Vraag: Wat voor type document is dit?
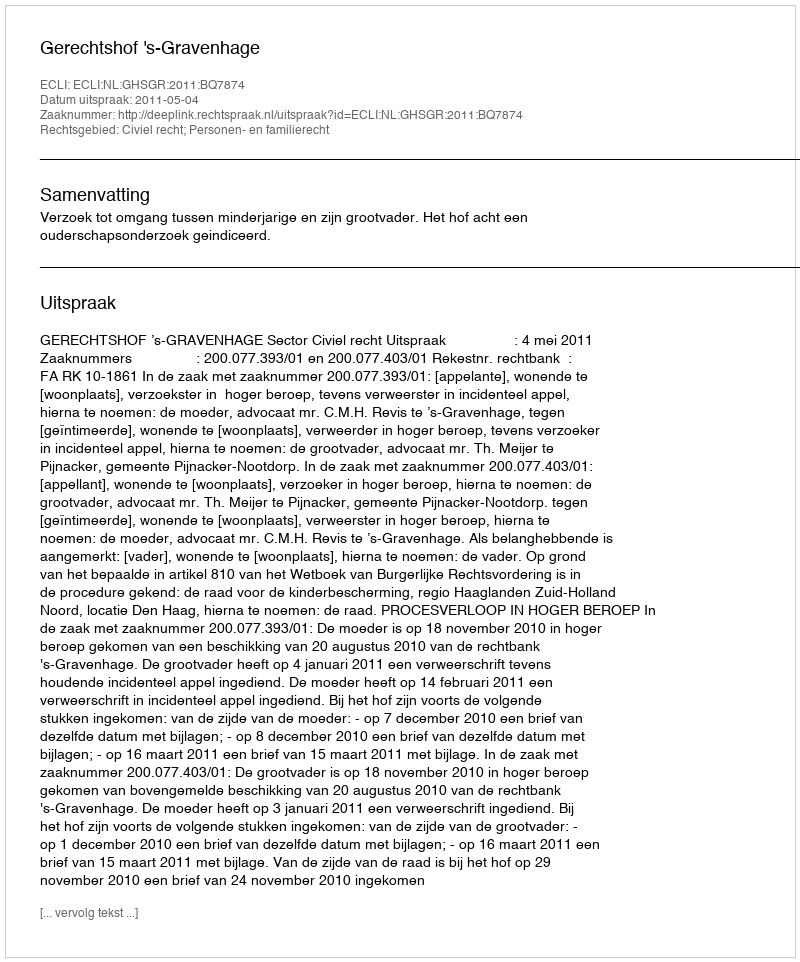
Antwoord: Uitspraak